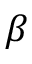
\beta